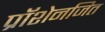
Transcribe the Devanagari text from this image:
प्रॉशेनजित